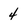
Character: 4